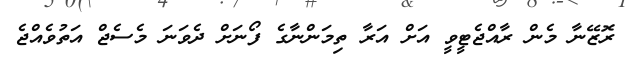
ރޮޒޭނާ މެން ރާއްޖެޓީވީ އަށް އަރާ ތިމަންނާގެ ފޯނަށް ދެވަނަ މެސެޖް އަތުވެއްޖެ